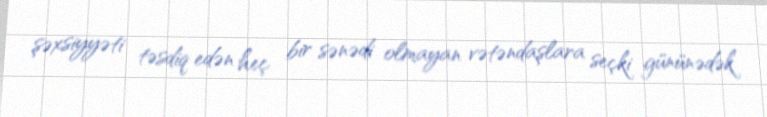
şəxsiyyəti təsdiq edən heç bir sənədi olmayan vətəndaşlara seçki gününədək